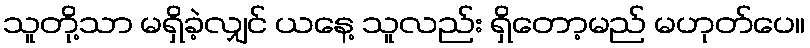
သူတို့သာ မရှိခဲ့လျှင် ယနေ့ သူလည်း ရှိတော့မည် မဟုတ်ပေ။